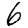
Digit: 6